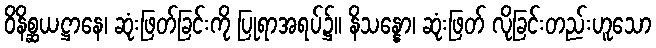
ဝိနိစ္ဆယဋ္ဌာနေ၊ ဆုံးဖြတ်ခြင်းကို ပြုရာအရပ်၌။ နိသန္နော၊ ဆုံးဖြတ် လိုခြင်းတည်းဟူသော